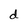
Character: d